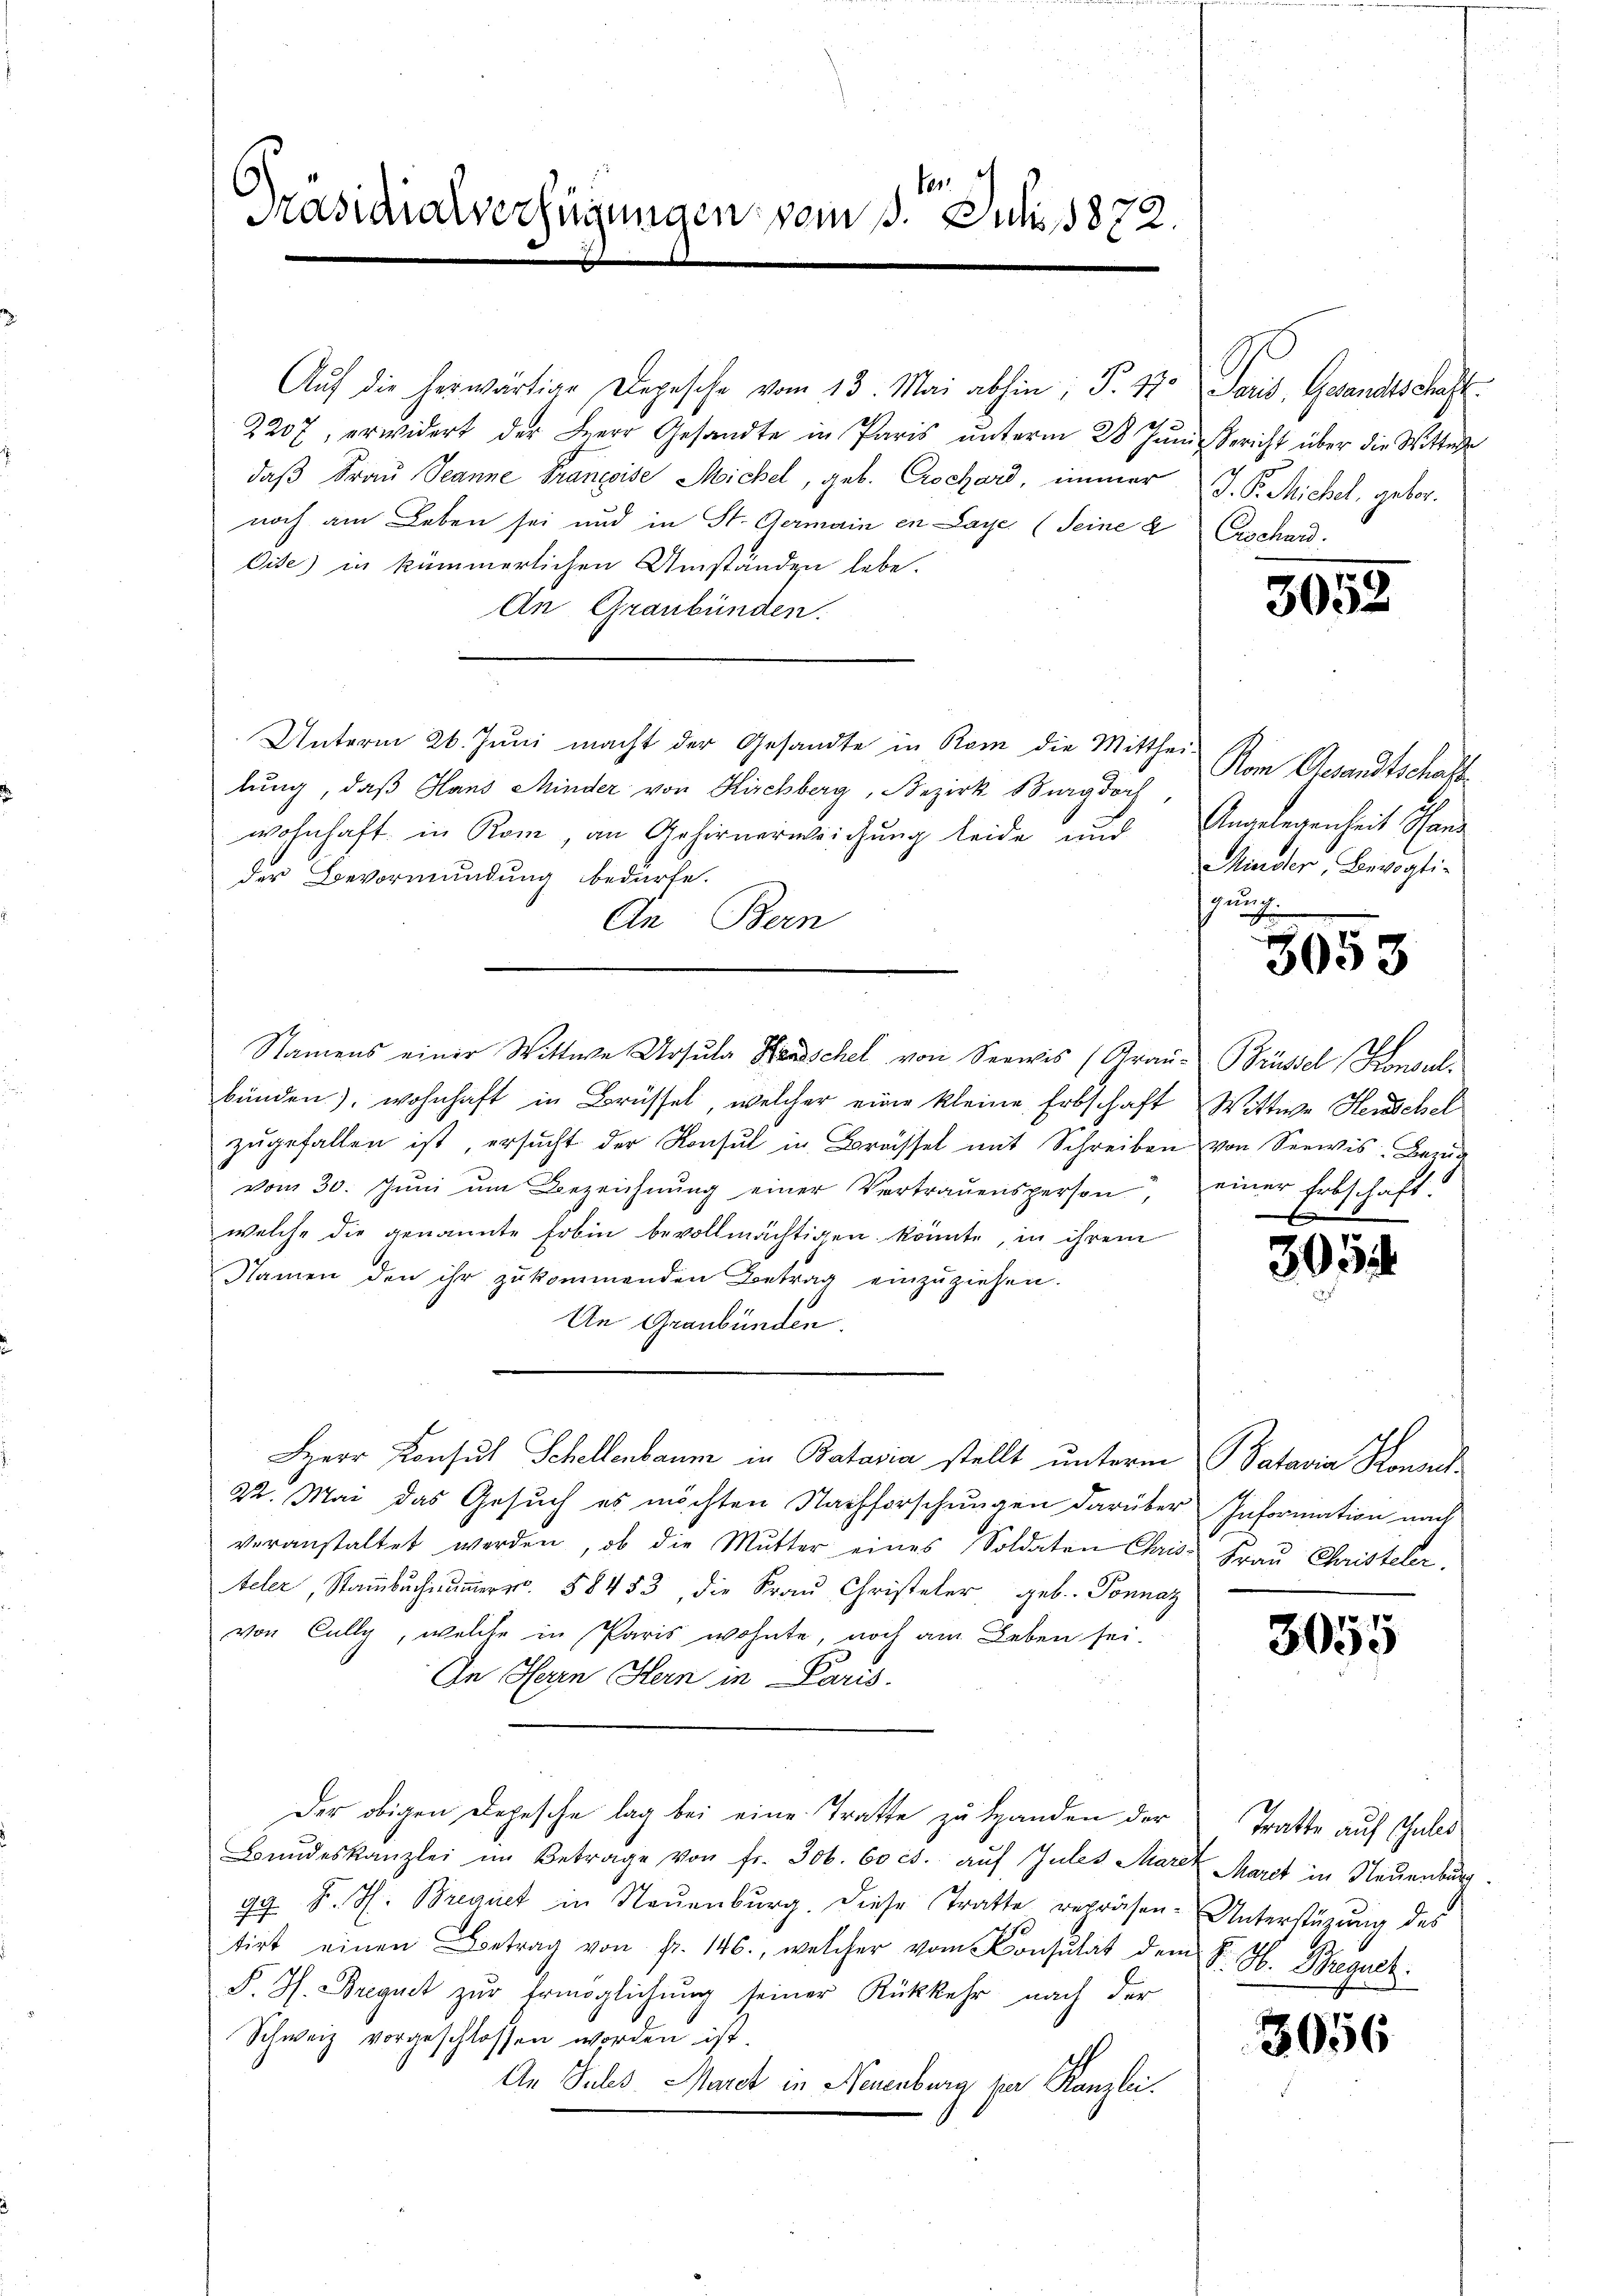
ten
Präsidialverfügungen vom 1. Juli 1872.

Aŭf die herwärtige Depesche vom 13. Mai abhin; P. 17. Paris, Gesandtschaft.
2207, erwidert der Herr Gesandte in Paris ŭnterm 28. Jŭni Bericht über die Wittwe
daß Frau Jeanne Franzeise Michel, geb. Crochard, immer J. P. Michel, gebornoch am Leben sei und in St. Germain in Lage (Seine a
Oise) in kümmerlichen Umständen lebe.
An Graubünden.
Unterm 26. Juni macht der Gesandte in Rom die Mitthei- Von Gesandtschaft
lung, daß Hans Minder von Kirchberg, Bezirk Burgdoch,
wohnhaft in Rom, an Gehirnerweichung leide und Angelegenheit Hand
der Bevormundung bedürfe.
An Bern
Namens einer Wittwe Ursula Hendschel von Seewis (Grau-Brüssel, Konsulbünden), wohnhaft in Brüssel, welcher eine kleine Erbschaft Wittwe Heischel
zŭgefallen ist, ersŭcht der Konsul in Brassel mit Schreiben von Seewis Bezŭg
vom 30. Jŭni ŭm Bezeichnŭng einer Vertraŭensperson, einer Erbschaft-
welche die genannte Erbin bevollmächtigen könnte, in ihrem
Namen den ihr zŭkommenden Betrag einzŭziehen.
An Graubünden.
Herr Konsul Schellenbaum in Bataria stellt unterm Patavia Konach
22. Mai das Gesuch es möchten Nachforschungen darüber Information nach
veranstaltet werden, ob die Mutter eines Soldaten Chris. Frau Christeler.
teler, Stammbŭch ŭmer. 58453, die Fraŭ Christeler geb. Ponnaz
von Cally, welche in Paris wohnte, noch am Leben sei.
An Herrn Hern in Paris.
Der obigen Depesche lag bei eine Tratte zu Handen der
Bŭndeskanzlei im Betrage von fr. 306. 60 cs. auf Zules Marcz Maret in Neuenburg
97 K. H. Bregnet in Neuenburg. Diese Tratte repräsen-Unterstüzung des
tirt einen Betrag von fr. 146., welcher vom Konsulat dem K. H. Bregnet.
F. J. Bregnet zur Ermöglichung seiner Rückkehr nach der
Schweiz vorgeschlossen worden ist.
An Jules Maret in Neuenburg zur Kanzlei.

Erschard.

3058

Minder, Bevogti-
gung
b
E

3053

303

3055

Tratte auf Schuld

3056